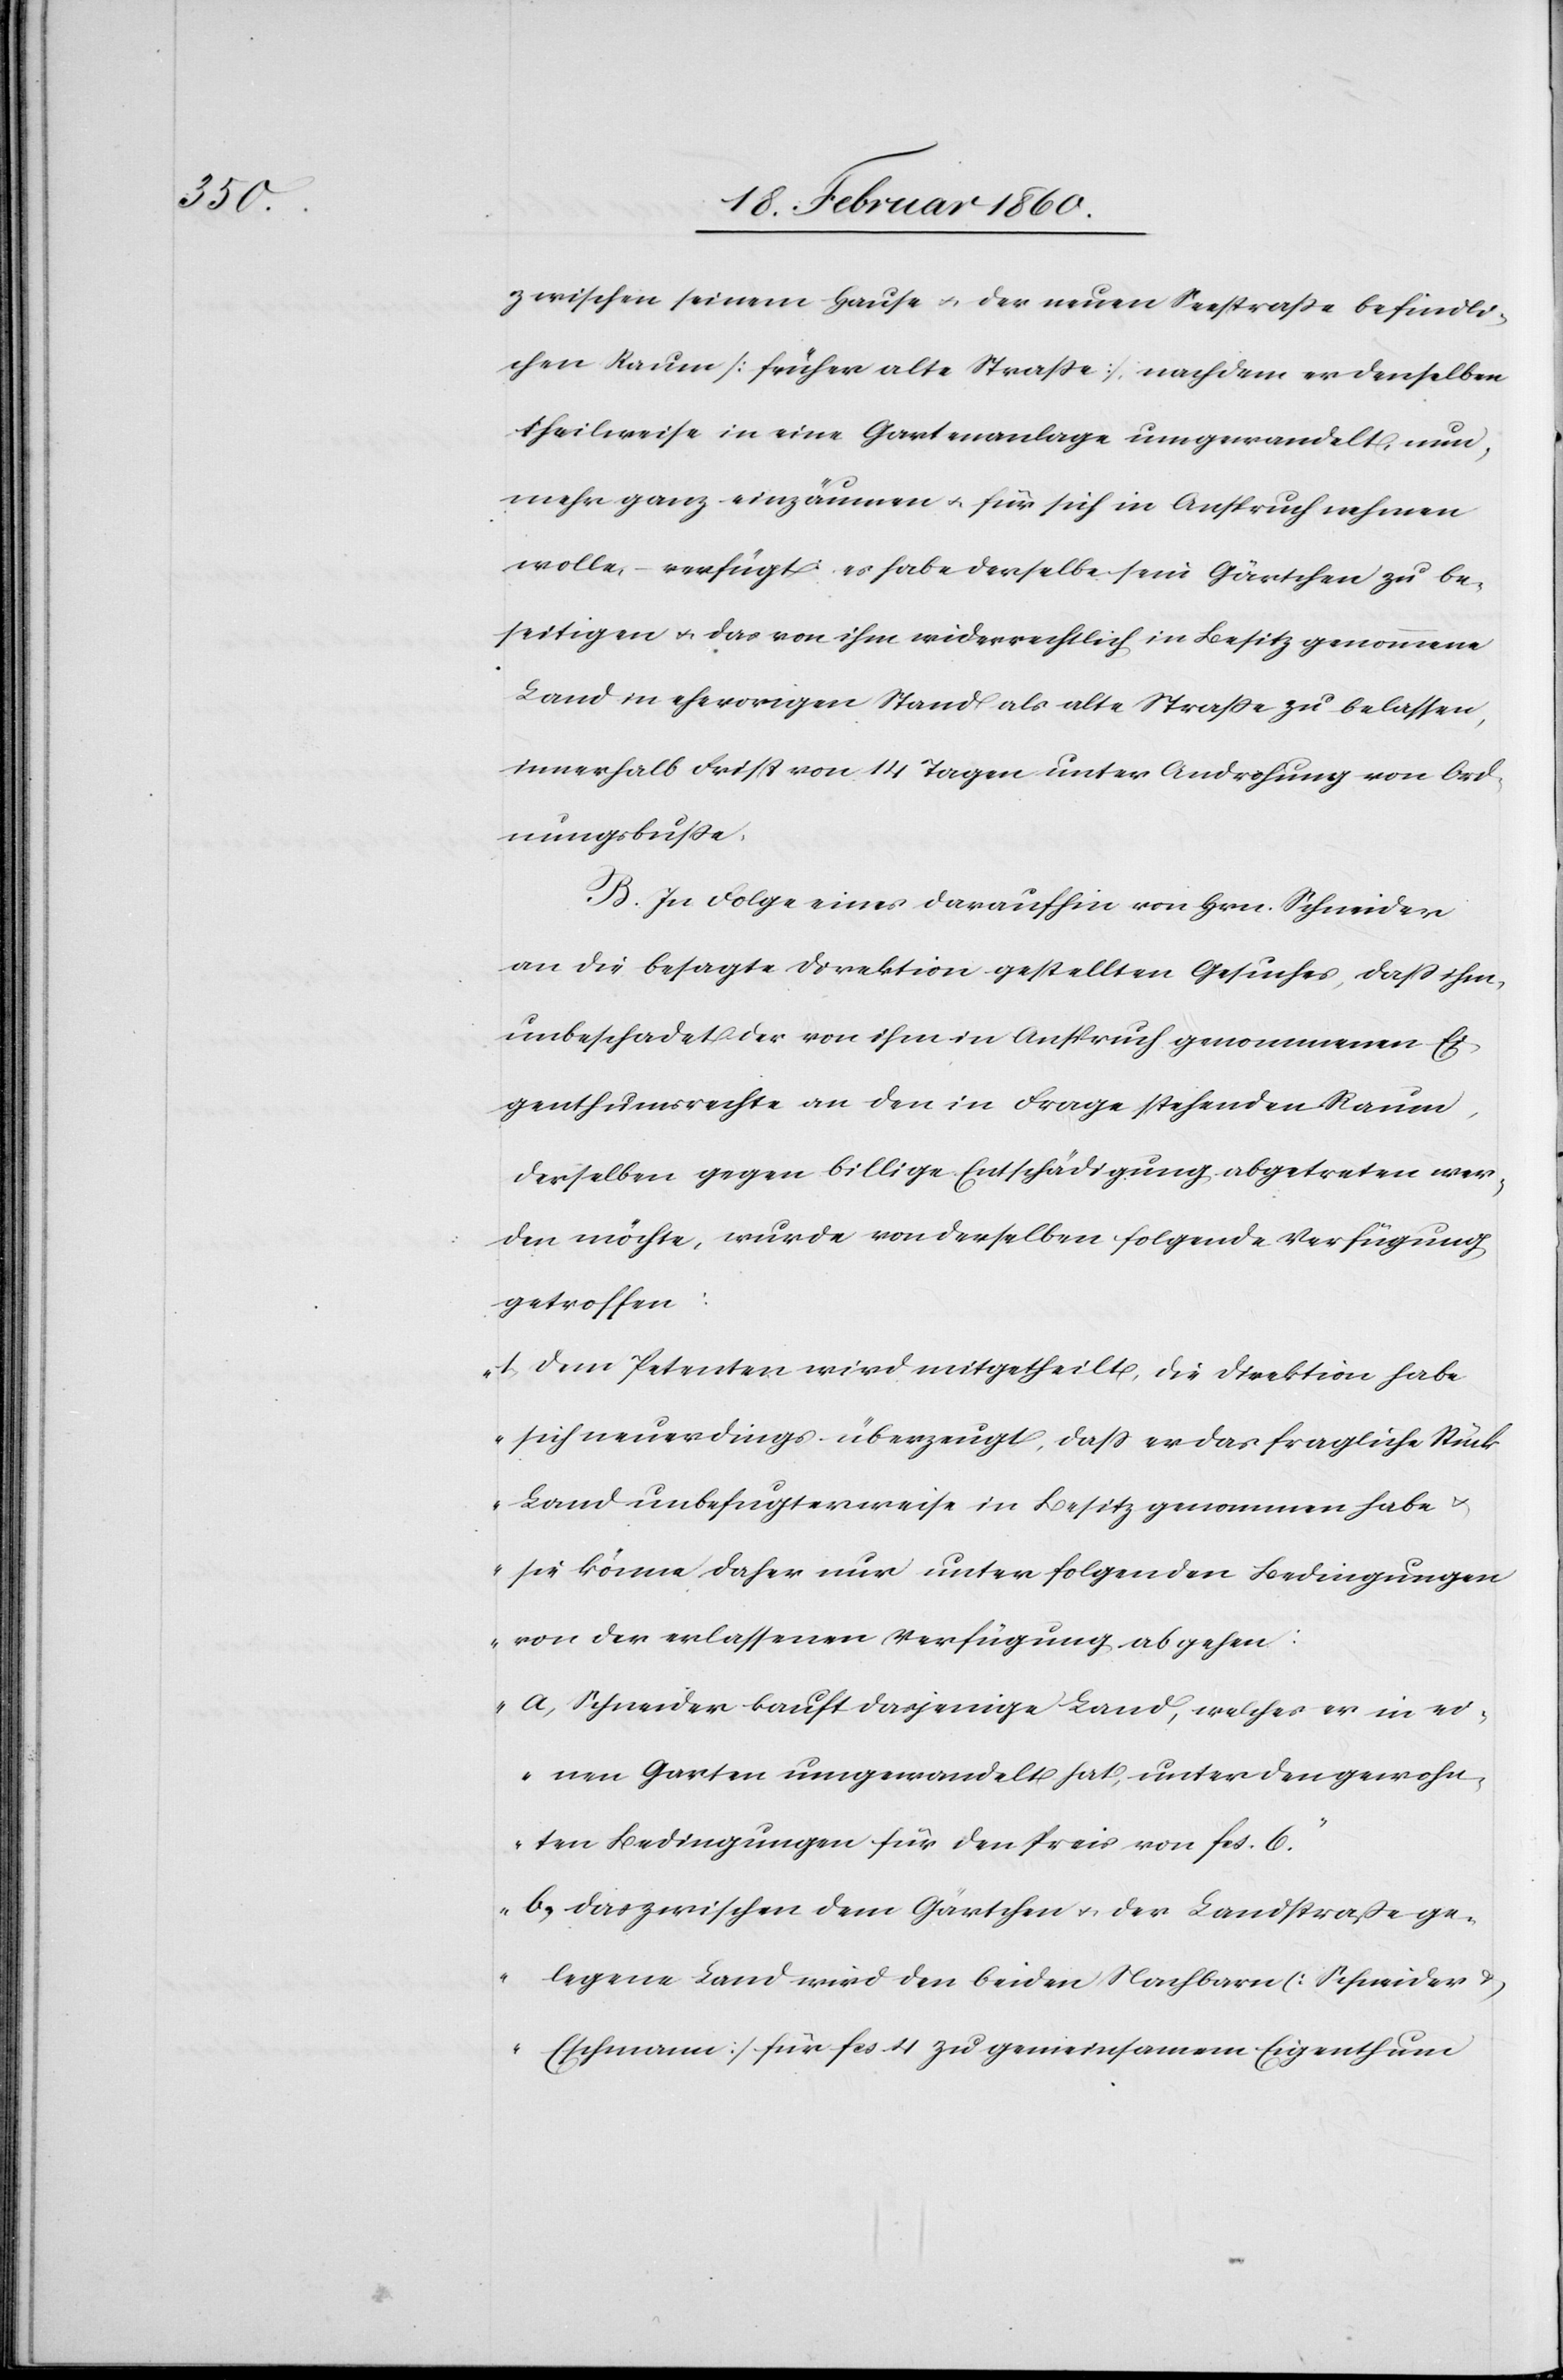
zwischen seinem Hause u. der neuen Seestrasse befindli¬
chen Raum [früher alte Strasse] nachdem er denselben
theilweise in eine Gartenanlage umgewandelt, nun,
mehr ganz einzäumen u. für sich in Anspruch nehmen
wolle, – verfügt: es habe derselbe sein Gärtchen zu be¬
seitigen u. das von ihm widerrechtlich in Besitz genommene
Land in ehevorigen Stand als alte Strasse zu belassen,
innerhalb Frist von 14 Tagen unter Androhung von Ord¬
nungsbusse.
B. In Folge eines daraufhin von Hrn. Schneider
an die besagte Direktion gestellten Gesuches, dass ihm,
unbeschadet der von ihm in Anspruch genommenen Ei¬
genthumsrechte an den in Frage stehenden Raum
desselben gegen billige Entschädigung abgetreten wer¬
den möchte, wurde von derselben folgende Verfügung
getroffen:
„1. Dem Petenten wird mitgetheilt, die Direktion habe
sich neuerdings überzeugt, dass er das fragliche Stück
Land unbefugterweise in Besitz genommen habe
u. sie könne daher nur unter folgenden Bedingungen
von der erlassenen Verfügung abgehen:
a. Schneider kauft dasjenige Land, welches er in sei¬
nen Garten umgewandelt hat, unter den gewohn¬
ten Bedingungen für den Preis von fcs. 6.
b. das zwischen dem Gärtchen u. der Landstrasse ge¬
legene Land wird den beiden Nachbarn [Schneider u.
Eschmann] für fcs. 4. zu gemeinsamem Eigenthum